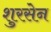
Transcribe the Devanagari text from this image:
शुरसेन